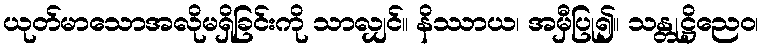
ယုတ်မာသောအလိုမရှိခြင်းကို သာလျှင်။ နိဿာယ၊ အမှီပြု၍။ သန္တုဋ္ဌိညေဝ၊